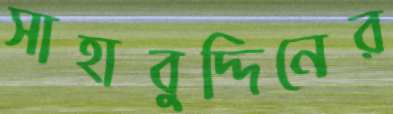
সাহাবুদ্দিনের